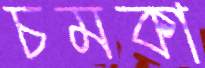
চমকা